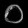
Digit: ၀